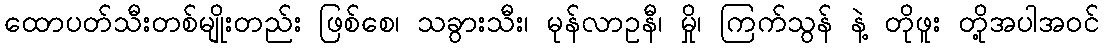
ထောပတ်သီးတစ်မျိုးတည်း ဖြစ်စေ၊ သခွားသီး၊ မုန်လာဥနီ၊ မှို၊ ကြက်သွန် နဲ့ တိုဖူး တို့အပါအဝင်